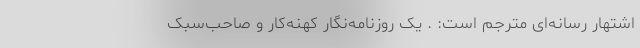
اشتهار رسانه‌ای مترجم است: . یک روزنامه‌نگارِ کهنه‌کار و صاحب‌سبک